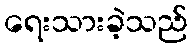
ရေးသားခဲ့သည်